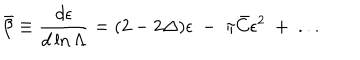
\bar { \beta } \equiv { \frac { d \epsilon } { d \ln \Lambda } } = ( 2 - 2 \Delta ) \epsilon ~ - ~ \pi \bar { C } \epsilon ^ { 2 } ~ + ~ . . .